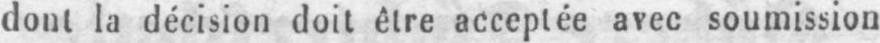
dont la décision doit être acceptée avec soumission